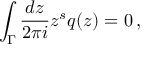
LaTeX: \int _ { \Gamma } \frac { d z } { 2 \pi i } z ^ { s } q ( z ) = 0 \, ,